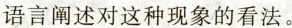
语言阐述对这种现象的看法。